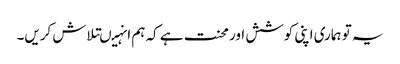
یہ تو ہماری اپنی کوشش اور محنت ہے کہ ہم انہیںتلاش کریں۔